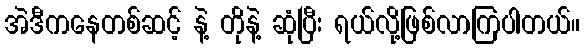
အဲဒီကနေတစ်ဆင့် နဲ့ တိုနဲ့ ဆုံပြီး ရယ်လို့ဖြစ်လာကြပါတယ်။